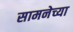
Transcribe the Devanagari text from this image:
सामनेच्या